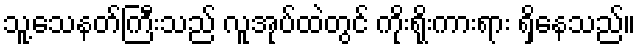
သူ့သေနတ်ကြီးသည် လူအုပ်ထဲတွင် ကိုးရိုးကားရား ရှိနေသည်။